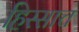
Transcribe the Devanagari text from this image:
हिस्साच